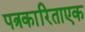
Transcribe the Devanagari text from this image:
पत्रकारिताएक